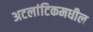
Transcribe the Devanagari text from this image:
अटलांटिकमधील